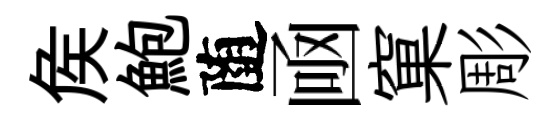
矦鮑随凾窠彫